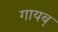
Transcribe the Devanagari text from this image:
गायब़